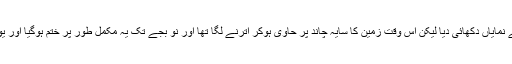
پاکستانی وقت کے مطابق چاند گرہن 7 بجے نمایاں دکھائی دیا لیکن اس وقت زمین کا سایہ چاند پر حاوی ہوکر اترنے لگا تھا اور نو بجے تک یہ مکمل طور پر ختم ہوگیا اور یوں چاند اپنی اصلی حالت میں دوبارہ لوٹ آیا۔